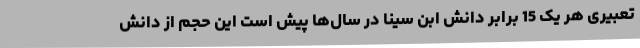
تعبیری هر یک 15 برابر دانش ابن سینا در سال‌ها پیش است این حجم از دانش